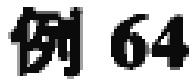
例 64